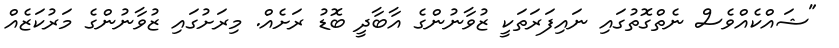
"ޝައްކެއްވެސް ނެތްގޮތުގައި ނައިފަރަތަކީ ޒުވާނުންގެ އާބާދީ ބޮޑު ރަށެއް. މިރަށުގައި ޒުވާނުންގެ މަރުކަޒެއް